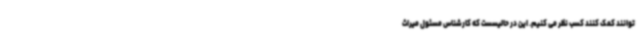
توانند کمک کنند کسب نظر می کنیم. این در حالیسست که کارشناس مسئول میراث